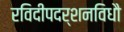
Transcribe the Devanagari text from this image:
रविदीपदर्शनविधौ